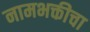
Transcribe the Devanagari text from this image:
नामभक्तीचा